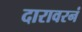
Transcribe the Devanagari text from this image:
दारावरनं